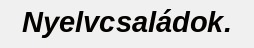
Nyelvcsaládok.